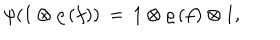
\psi ( 1 \otimes \varrho \, ( f ) ) \: = \: 1 \otimes \varrho \, ( f ) \otimes 1 ,